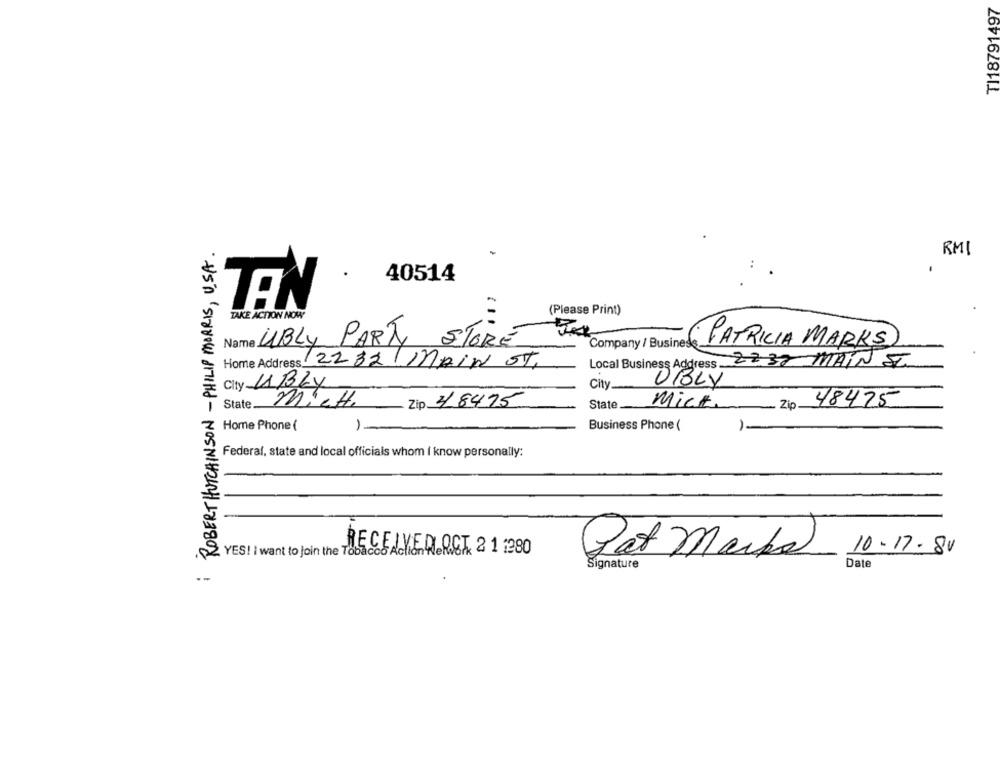
TI18791497
: ROBERT HUTCHINSON -PHILIP MORRIS, USA.
RMI
40514
TEN
TAKE ACTION NOW
(Please Print)
Name UBLY PART STORE
Company / Busines
( PATRICIA MARKS
Home Address 2232/ MAIN ST,
Local Business Address ..
2832 MAIN ST
UBLY
City UBLY
City
State MICH.
Zip 48475
State
Mick
-
Zip
48425
Home Phone (
1-
Business Phone (
1-
Federal, state and local officials whom i know personally:
2 YES! I want to join the Tobacco Ac
RECEIVED ACT 2 1 :280
10-17-80
Pat Marks
Signature
Date